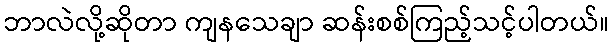
ဘာလဲလို့ဆိုတာ ကျနသေချာ ဆန်းစစ်ကြည့်သင့်ပါတယ်။